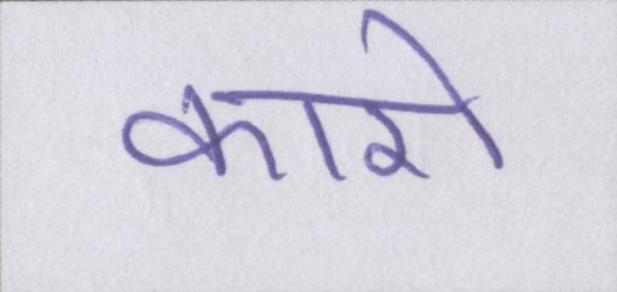
कारो